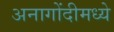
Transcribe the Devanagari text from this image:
अनागोंदीमध्ये